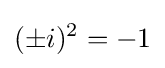
(\pm i)^{2}=-1